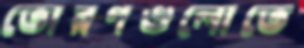
তোরণগুলোতে